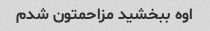
اوه ببخشید مزاحمتون شدم